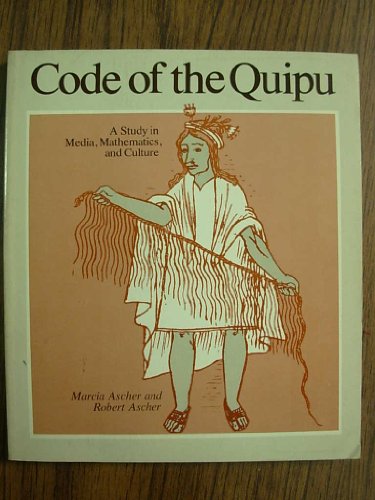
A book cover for Code of the Quipu: A Study in Media, Mathematics, and Culture; Marcia Ascher; History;